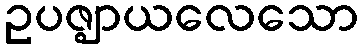
ဥပဇ္ဈာယလေသော